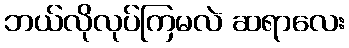
ဘယ်လိုလုပ်ကြမလဲ ဆရာလေး